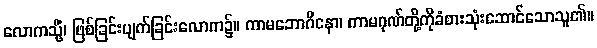
လောကသ္မိံ၊ ဖြစ်ခြင်းပျက်ခြင်းလောက၌။ ကာမဘောဂိနော၊ ကာမဂုဏ်တို့ကိုခံစားသုံးဆောင်သောသူ၏။